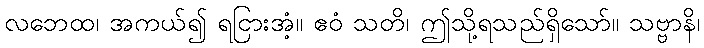
လဘေထ၊ အကယ်၍ ရငြားအံ့။ ဧဝံ သတိ၊ ဤသို့ရသည်ရှိသော်။ သဗ္ဗာနိ၊